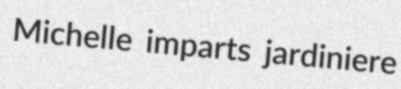
Michelle imparts jardiniere